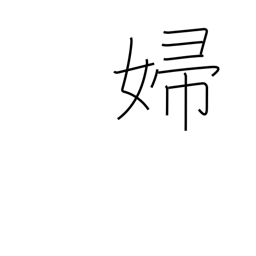
Meaning: bride